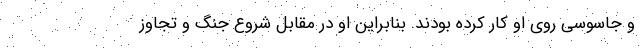
و جاسوسی روی او کار کرده بودند. بنابراین او در مقابل شروع جنگ و تجاوز